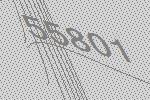
55801